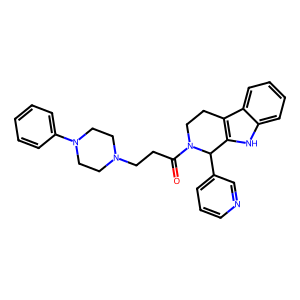
SMILES: O=C(CCN1CCN(c2ccccc2)CC1)N1CCc2c([nH]c3ccccc23)C1c1cccnc1
Inhibits HIV replication: No